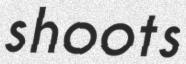
shoots